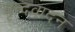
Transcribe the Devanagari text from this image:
वृन्दवादन